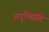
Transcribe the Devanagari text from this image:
तदुच्छिति